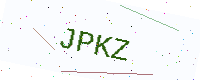
Text: JPKZ